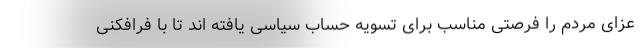
عزای مردم را فرصتی مناسب برای تسویه حساب سیاسی یافته اند تا با فرافکنی